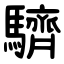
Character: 䮺